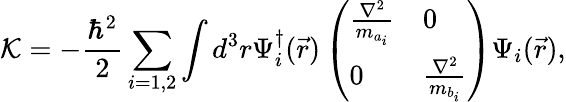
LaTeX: \mathcal{K}=-\frac{\hbar^{2}}{2}\sum_{i=1,2}\int d^{3}r\Psi_{i}^{\dagger}(\vec{r})\left(\begin{array}{ll}{\frac{\nabla^{2}}{m_{a_{i}}}}&{0}\\ {0}&{\frac{\nabla^{2}}{m_{b_{i}}}}\end{array}\right)\Psi_{i}(\vec{r}),